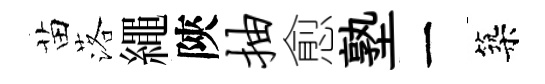
苗落繩陝抽愈塾一築